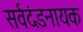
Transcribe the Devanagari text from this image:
सर्वदंडनायक